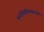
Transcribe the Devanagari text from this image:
मनोचिकित्सालयों